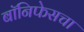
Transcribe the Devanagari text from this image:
बॉनिफेसचा